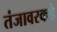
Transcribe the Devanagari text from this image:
तंजावरकडे